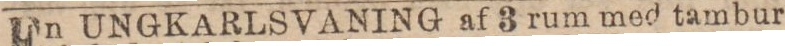
En UNGKARLSVANING af 3 rum med tam bur